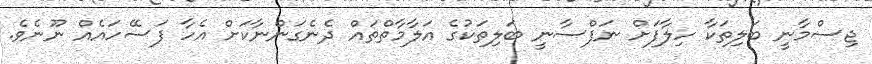
ޖިސްމާނީ ބަލިތަކާ ހިލާފަށް ނަފްސާނީ ބަލިތަކުގެ އަލާމާތްތައް ދެނެގަންނާކަށް އެހާ ފަސޭހައެއް ނޫނެވެ.